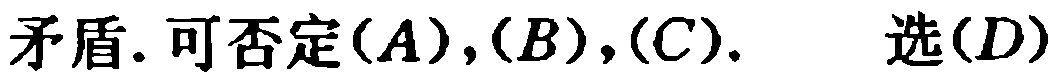
矛盾. 可否定$(A),(B),(C).\ \ 选(D)$